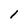
Character: l